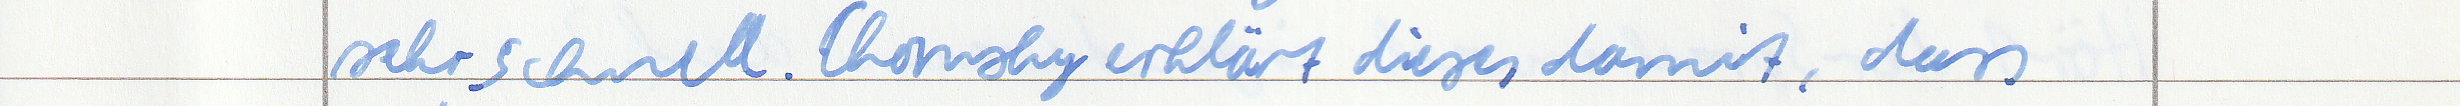
sehr schnell. Chomsky erklärt dieses damit, dass